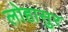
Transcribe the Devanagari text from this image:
लोहासुर